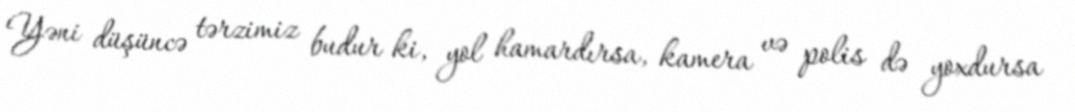
Yəni düşüncə tərzimiz budur ki, yol hamardırsa, kamera və polis də yoxdursa